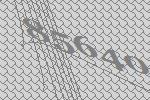
85640